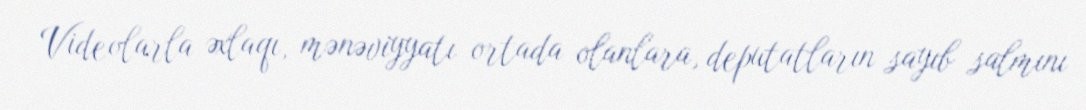
Videolarla əxlaqı, mənəviyyatı ortada olanlara, deputatların sayıb salmını